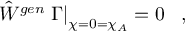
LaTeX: \hat { W } ^ { g e n } \left. \Gamma \right| _ { \chi = 0 = \chi _ { A } } = 0 \; \; \; ,